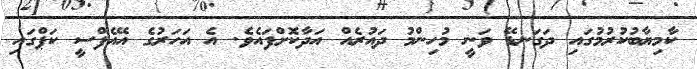
ކާމިޔާބުކުރުމުގައި ދަގަނޑޭ ވަނީ މުހިންމު ދައުރެއް އަދާކޮށްފައެވެ. އެ އަހަރުގެ އޭއެފްސީ ކަޕްގައި